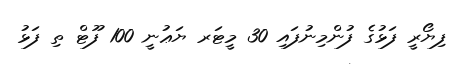
ފިޔޯރީ ފަޅުގެ ފުންމިނުފައި 30 މީޓަރ ޔަޢުނީ 100 ފޫޓް ތި ފަޅު